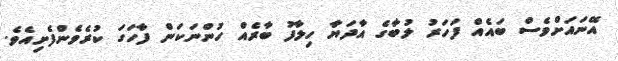
އޭނައަށްވެސް ބައެއް ފަހަރު ލުބާގެ އާދަޔާ ހިލާފު ބާރެއް ހުންނަކަން ފާހަގަ ކުރެވެންފެށިއެވެ.